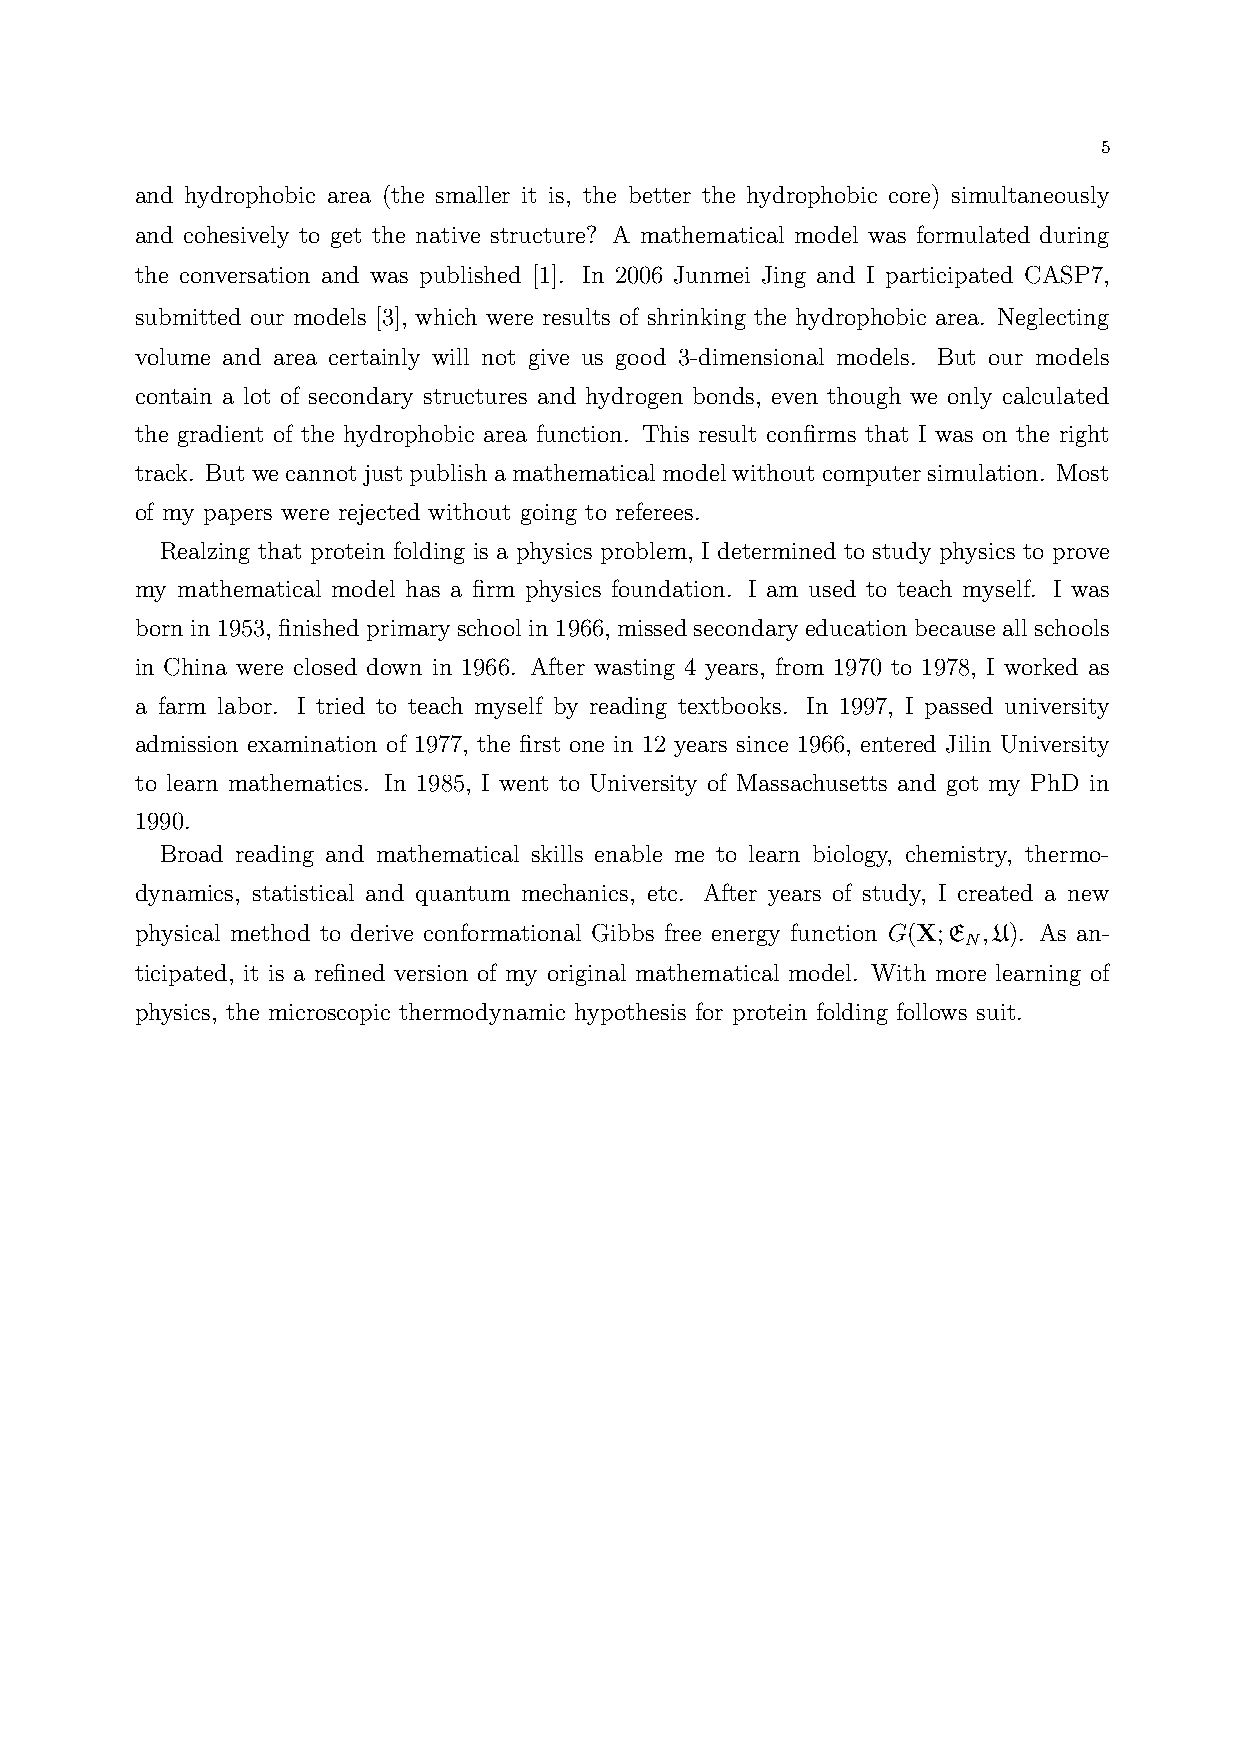
5
 and hydrophobic area (the smaller it is, the better the hydrophobic core) simultaneously
 and cohesively to get the native structure? A mathematical model was formulated during
 the conversation and was published [1]. In 2006 Junmei Jing and I participated CASP7,
 submitted our models [3], which were results of shrinking the hydrophobic area. Neglecting
 volume and area certainly will not give us good 3-dimensional models. But our models
 contain a lot of secondary structures and hydrogen bonds, even though we only calculated
 the gradient of the hydrophobic area function. This result confirms that I was on the right
 track. Butwecannotjustpublishamathematicalmodelwithoutcomputersimulation. Most
 of my papers were rejected without going to referees.
 Realzing that protein folding is a physics problem, I determined to study physics to prove
 my mathematical model has a firm physics foundation. I am used to teach myself. I was
 bornin1953, finishedprimaryschoolin1966, missedsecondaryeducationbecauseallschools
 in China were closed down in 1966. After wasting 4 years, from 1970 to 1978, I worked as
 a farm labor. I tried to teach myself by reading textbooks. In 1997, I passed university
 admission examination of 1977, the first one in 12 years since 1966, entered Jilin University
 to learn mathematics. In 1985, I went to University of Massachusetts and got my PhD in
 1990.
 Broad reading and mathematical skills enable me to learn biology, chemistry, thermo-
 dynamics, statistical and quantum mechanics, etc. After years of study, I created a new
 physical method to derive conformational Gibbs free energy function G(X;E ,U). As an-
 N
 ticipated, it is a refined version of my original mathematical model. With more learning of
 physics, the microscopic thermodynamic hypothesis for protein folding follows suit.